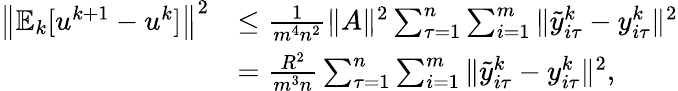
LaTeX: \begin{array}{rl}{\left\| \mathbb{E}_{k}[u^{k+1}-u^{k}]\right\| ^{2}}&{\leq\frac{1}{m^{4}n^{2}}\| A\| ^{2}\sum_{\tau=1}^{n}\sum_{i=1}^{m}\| {\tilde{y}}_{i\tau}^{k}-y_{i\tau}^{k}\| ^{2}}\\ &{=\frac{R^{2}}{m^{3}n}\sum_{\tau=1}^{n}\sum_{i=1}^{m}\| {\tilde{y}}_{i\tau}^{k}-y_{i\tau}^{k}\| ^{2},}\end{array}